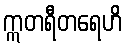
ဣတရီတရေဟိ